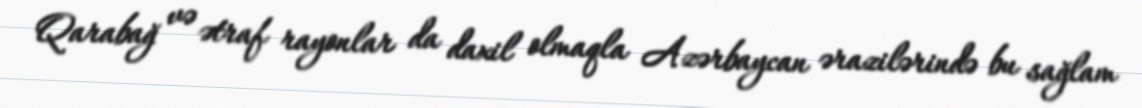
Qarabağ və ətraf rayonlar da daxil olmaqla Azərbaycan ərazilərində bu sağlam